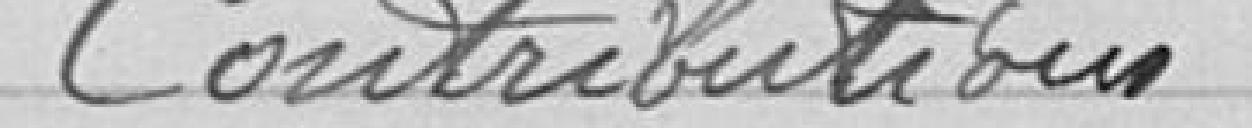
Contributions        20) 567.60